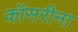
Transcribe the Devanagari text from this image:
कॉसरीना